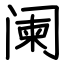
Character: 阑